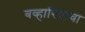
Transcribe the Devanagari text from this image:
बव्हारियाचा